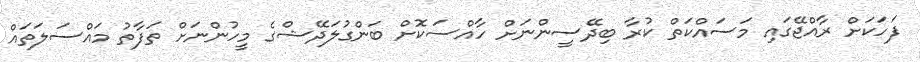
ފަހަކަށް ރާއްޖޭގައި މަސައްކަތް ކުރާ ބިދޭސީންނަށް ހާއްސަކޮށް ބަންގުލަދޭޝްގެ މީހުންނަށް ތަފާތު މައްސަލަތައް